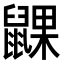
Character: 𬹮